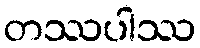
တဿပါဿ